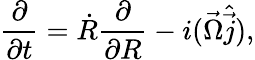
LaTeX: \frac{\partial}{\partial t}=\dot{R}\frac{\partial}{\partial R}-i(\vec{\Omega}\hat{\vec{j}}),